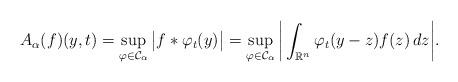
LaTeX: \begin{align*}A_\alpha(f)(y,t)=\sup_{\varphi\in{\mathcal C}_\alpha}\big|f*\varphi_t(y)\big|=\sup_{\varphi\in{\mathcal C}_\alpha}\bigg|\int_{\mathbb R^n}\varphi_t(y-z)f(z)\,dz\bigg|.\end{align*}